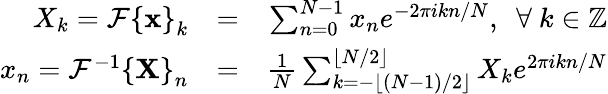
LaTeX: \begin{array}{rlr}{X_{k}=\mathcal{F}\left\{ \mathbf{x}\right\} _{k}}&{=}&{\sum_{n=0}^{N-1}x_{n}e^{-2\pi ikn/N},\, \, \, \forall~k\in\mathbb{Z}}\\ {x_{n}=\mathcal{F}^{-1}\left\{ \mathbf{X}\right\} _{n}}&{=}&{\frac{1}{N}\sum_{k=-\lfloor(N-1)/2\rfloor}^{\lfloor N/2\rfloor}X_{k}e^{2\pi ikn/N}}\end{array}